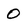
Character: 0